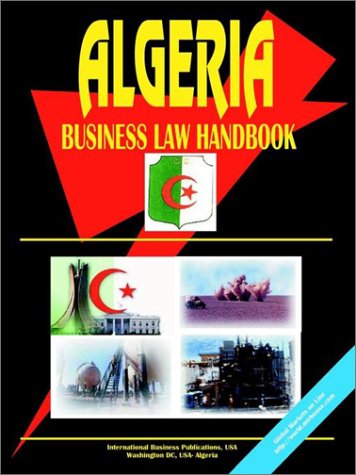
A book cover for Algeria Business Law Handbook; Travel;